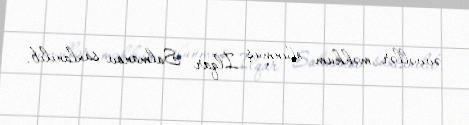
əvvəllər məhkum olunmuş İlqar Salmanov saxlanılıb.